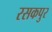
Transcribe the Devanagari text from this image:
रसकपुर